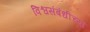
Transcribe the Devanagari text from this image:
विश्वसंबंधीच्या